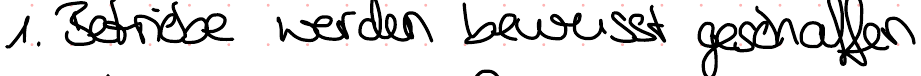
1. Betriebe werden bewusst geschaffen